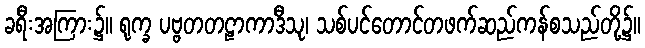
ခရီးအကြား၌။ ရုက္ခ ပဗ္ဗတတဠာကာဒီသု၊ သစ်ပင်တောင်တဖက်ဆည်ကန်စသည်တို့၌။